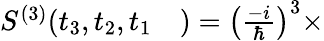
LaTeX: \begin{array}{rl}{S^{(3)}(t_{3},t_{2},t_{1}}&{{})=\left(\frac{-i}{\hbar}\right)^{3}\times}\end{array}